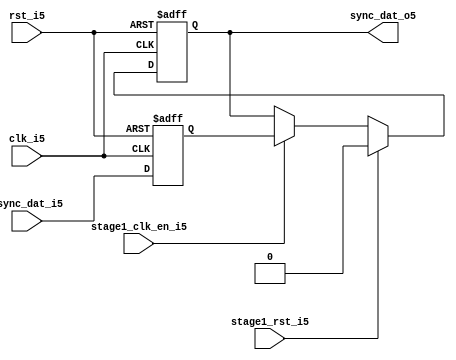
module uart_sync_flops5
(
  // internal signals5
  rst_i5,
  clk_i5,
  stage1_rst_i5,
  stage1_clk_en_i5,
  async_dat_i5,
  sync_dat_o5
);

parameter Tp5            = 1;
parameter width         = 1;
parameter init_value5    = 1'b0;

input                           rst_i5;                  // reset input
input                           clk_i5;                  // clock5 input
input                           stage1_rst_i5;           // synchronous5 reset for stage5 1 FF5
input                           stage1_clk_en_i5;        // synchronous5 clock5 enable for stage5 1 FF5
input   [width-1:0]             async_dat_i5;            // asynchronous5 data input
output  [width-1:0]             sync_dat_o5;             // synchronous5 data output


//
// Interal5 signal5 declarations5
//

reg     [width-1:0]             sync_dat_o5;
reg     [width-1:0]             flop_05;


// first stage5
always @ (posedge clk_i5 or posedge rst_i5)
begin
    if (rst_i5)
        flop_05 <= #Tp5 {width{init_value5}};
    else
        flop_05 <= #Tp5 async_dat_i5;    
end

// second stage5
always @ (posedge clk_i5 or posedge rst_i5)
begin
    if (rst_i5)
        sync_dat_o5 <= #Tp5 {width{init_value5}};
    else if (stage1_rst_i5)
        sync_dat_o5 <= #Tp5 {width{init_value5}};
    else if (stage1_clk_en_i5)
        sync_dat_o5 <= #Tp5 flop_05;       
end

endmodule